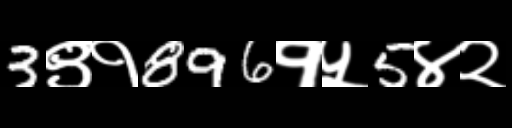
Text: 3९१896१५5४२